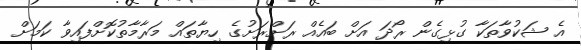
އެ ޝަކުވާތަކާ ގުޅިގެން ރޯދަ އަށް ބައެއް ރަށްރަށުގެ ހިޔާތައް މަރާމާތުކޮށްފައިވާ ކަމަށް